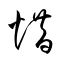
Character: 惜